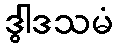
ဒွါဒသမံ